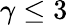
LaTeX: \gamma\le 3